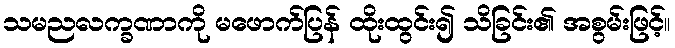
သမညလက္ခဏာကို မဖောက်ပြန် ထိုးထွင်း၍ သိခြင်း၏ အစွမ်းဖြင့်။